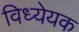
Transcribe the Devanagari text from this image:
विध्येयक